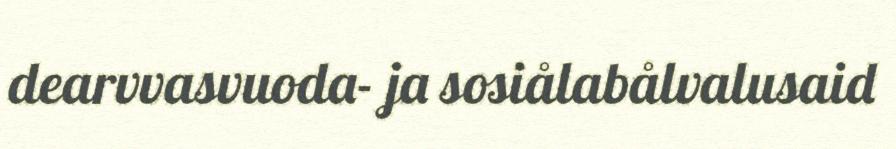
dearvvasvuoda- ja sosiålabålvalusaid